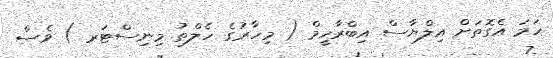
ހަމަ އެގޮތަށް އިލްޔާސް އިބްރާހީމް ( މިހާރުގެ ހެލްތު މިނިސްޓަރ ) ވެސް